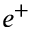
e ^ { + }